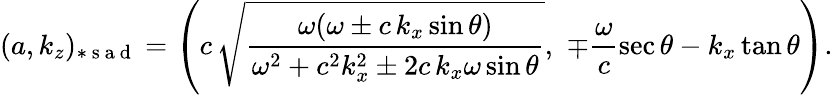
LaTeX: (a,k_{z})_{*\mathrm{~s~a~d~}}=\left(c\, \sqrt{\frac{\omega(\omega\pm c\, k_{x}\sin\theta)}{\omega^{2}+c^{2}k_{x}^{2}\pm 2c\, k_{x}\omega\sin\theta}},\, \, \mp\frac{\omega}{c}\sec\theta-k_{x}\tan\theta\right).